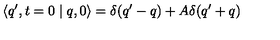
\langle q ^ { \prime } , t = 0 \mid q , 0 \rangle = \delta ( q ^ { \prime } - q ) + A \delta ( q ^ { \prime } + q )